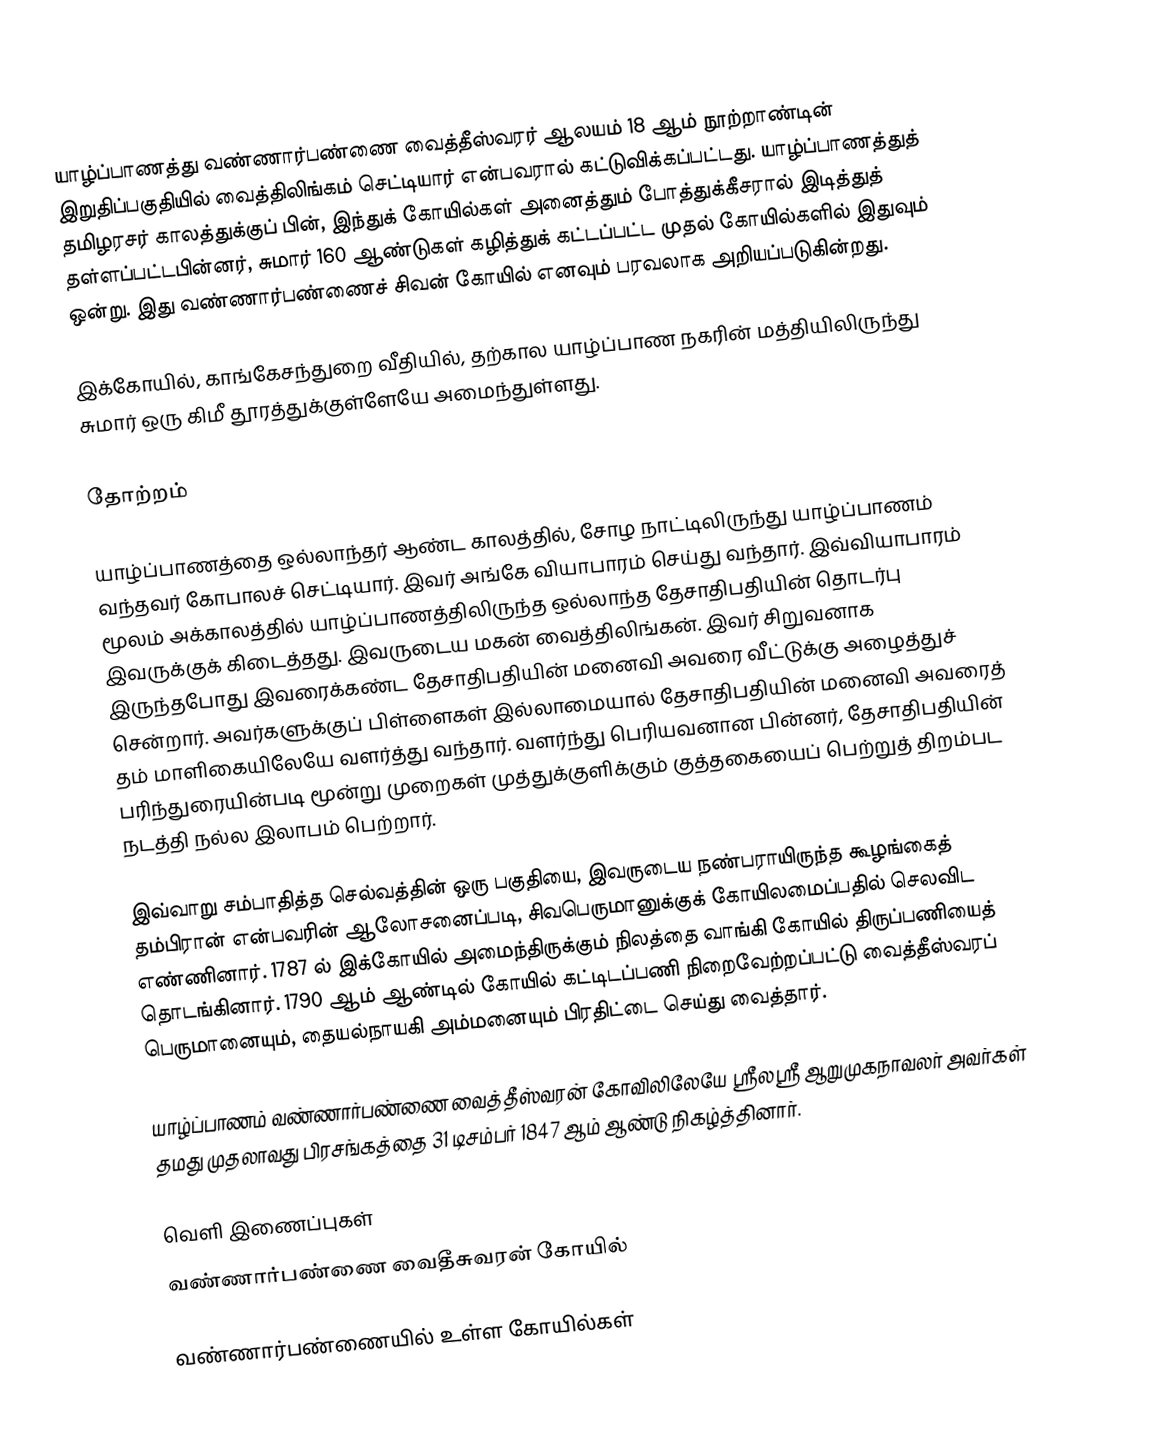
யாழ்ப்பாணத்து வண்ணார்பண்ணை வைத்தீஸ்வரர் ஆலயம் 18 ஆம் நூற்றாண்டின் இறுதிப்பகுதியில் வைத்திலிங்கம் செட்டியார் என்பவரால் கட்டுவிக்கப்பட்டது. யாழ்ப்பாணத்துத் தமிழரசர் காலத்துக்குப் பின், இந்துக் கோயில்கள் அனைத்தும் போத்துக்கீசரால் இடித்துத் தள்ளப்பட்டபின்னர், சுமார் 160 ஆண்டுகள் கழித்துக் கட்டப்பட்ட முதல் கோயில்களில் இதுவும் ஒன்று. இது வண்ணார்பண்ணைச் சிவன் கோயில் எனவும் பரவலாக அறியப்படுகின்றது.

இக்கோயில், காங்கேசந்துறை வீதியில், தற்கால யாழ்ப்பாண நகரின் மத்தியிலிருந்து சுமார் ஒரு கிமீ தூரத்துக்குள்ளேயே அமைந்துள்ளது.

தோற்றம்

யாழ்ப்பாணத்தை ஒல்லாந்தர் ஆண்ட காலத்தில், சோழ நாட்டிலிருந்து யாழ்ப்பாணம் வந்தவர் கோபாலச் செட்டியார். இவர் அங்கே வியாபாரம் செய்து வந்தார். இவ்வியாபாரம் மூலம் அக்காலத்தில் யாழ்ப்பாணத்திலிருந்த ஒல்லாந்த தேசாதிபதியின் தொடர்பு இவருக்குக் கிடைத்தது. இவருடைய மகன் வைத்திலிங்கன். இவர் சிறுவனாக இருந்தபோது இவரைக்கண்ட தேசாதிபதியின் மனைவி அவரை வீட்டுக்கு அழைத்துச் சென்றார். அவர்களுக்குப் பிள்ளைகள் இல்லாமையால் தேசாதிபதியின் மனைவி அவரைத் தம் மாளிகையிலேயே வளர்த்து வந்தார். வளர்ந்து பெரியவனான பின்னர், தேசாதிபதியின் பரிந்துரையின்படி மூன்று முறைகள் முத்துக்குளிக்கும் குத்தகையைப் பெற்றுத் திறம்பட நடத்தி நல்ல இலாபம் பெற்றார்.

இவ்வாறு சம்பாதித்த செல்வத்தின் ஒரு பகுதியை, இவருடைய நண்பராயிருந்த கூழங்கைத் தம்பிரான் என்பவரின் ஆலோசனைப்படி, சிவபெருமானுக்குக் கோயிலமைப்பதில் செலவிட எண்ணினார். 1787 ல் இக்கோயில் அமைந்திருக்கும் நிலத்தை வாங்கி கோயில் திருப்பணியைத் தொடங்கினார். 1790 ஆம் ஆண்டில் கோயில் கட்டிடப்பணி நிறைவேற்றப்பட்டு வைத்தீஸ்வரப் பெருமானையும், தையல்நாயகி அம்மனையும் பிரதிட்டை செய்து வைத்தார்.

யாழ்ப்பாணம் வண்ணார்பண்ணை வைத்தீஸ்வரன் கோவிலிலேயே ஸ்ரீலஸ்ரீ ஆறுமுகநாவலர் அவர்கள் தமது முதலாவது பிரசங்கத்தை 31 டிசம்பர் 1847 ஆம் ஆண்டு நிகழ்த்தினார்.

வெளி இணைப்புகள்
 வண்ணார்பண்ணை வைதீசுவரன் கோயில்

வண்ணார்பண்ணையில் உள்ள கோயில்கள்